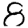
Digit: 8